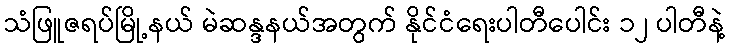
သံဖြူဇရပ်မြို့နယ် မဲဆန္ဒနယ်အတွက် နိုင်ငံရေးပါတီပေါင်း ၁၂ ပါတီနဲ့